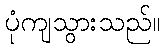
ပုံကျသွားသည်။